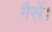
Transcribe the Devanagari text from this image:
गैसें।